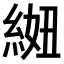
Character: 𫃩